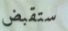
ستقبض